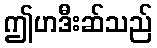
ဤဟဒီးဆ်သည်